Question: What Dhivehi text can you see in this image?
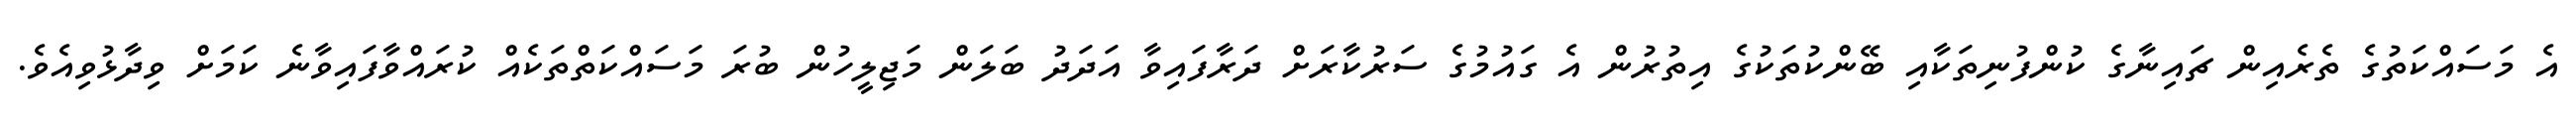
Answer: އެ މަސައްކަތުގެ ތެރެއިން ޗައިނާގެ ކުންފުނިތަކާއި ބޭންކުތަކުގެ އިތުރުން އެ ގައުމުގެ ސަރުކާރަށް ދަރާފައިވާ އަދަދު ބަލަން މަޖިލީހުން ބުރަ މަސައްކަތްތަކެއް ކުރައްވާފައިވާނެ ކަމަށް ވިދާޅުވިއެވެ.